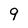
Character: 9